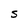
Character: S